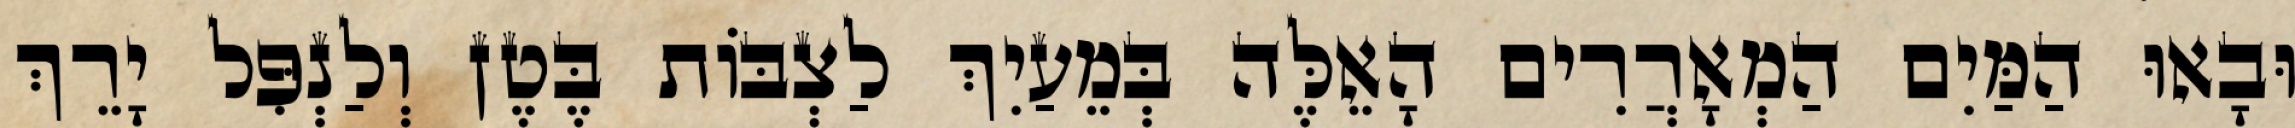
וּבָאוּ הַמַּיִם הַמְאָרֲרִים הָאֵלֶּה בְּמֵעַיִךְ לַצְבּוֹת בֶּטֶן וְלַנְפִּל יָרֵךְ